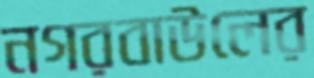
নগরবাউলের